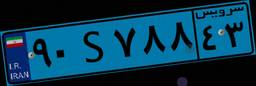
۰۲S۴۸۹۴۰